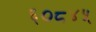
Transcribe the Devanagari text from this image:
६०८४५